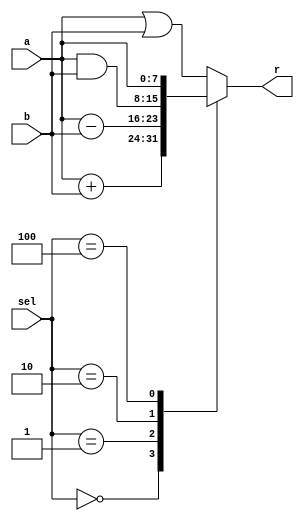

module alu(
	input [7:0] a,
	input [7:0] b,
	input [2:0] sel,
	output reg [7:0] r
    );


always@(*)
	case(sel)
		0: r = a+b;
		1: r = a-b;
		2: r = a&b;
		3: r = a|b;
		4: r = a;
		default: r = a|b;
	endcase

endmodule